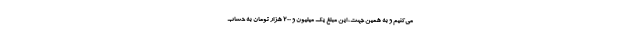
می‌کنیم و به همین جهت، این مبلغ یک میلیون و ۲۰۰ هزار تومان به حساب